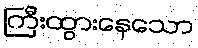
ကြီးထွားနေသော